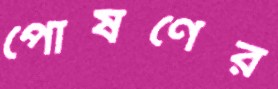
পোষণের